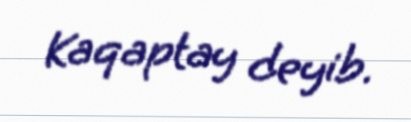
Kaqaptay deyib.